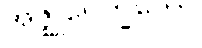
အဇ္ဈုပေက္ခတော